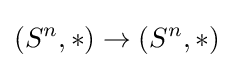
(S^{n},*)\to (S^{n},*)